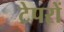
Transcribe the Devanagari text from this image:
टेपरों